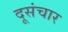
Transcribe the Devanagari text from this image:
दूसंचार